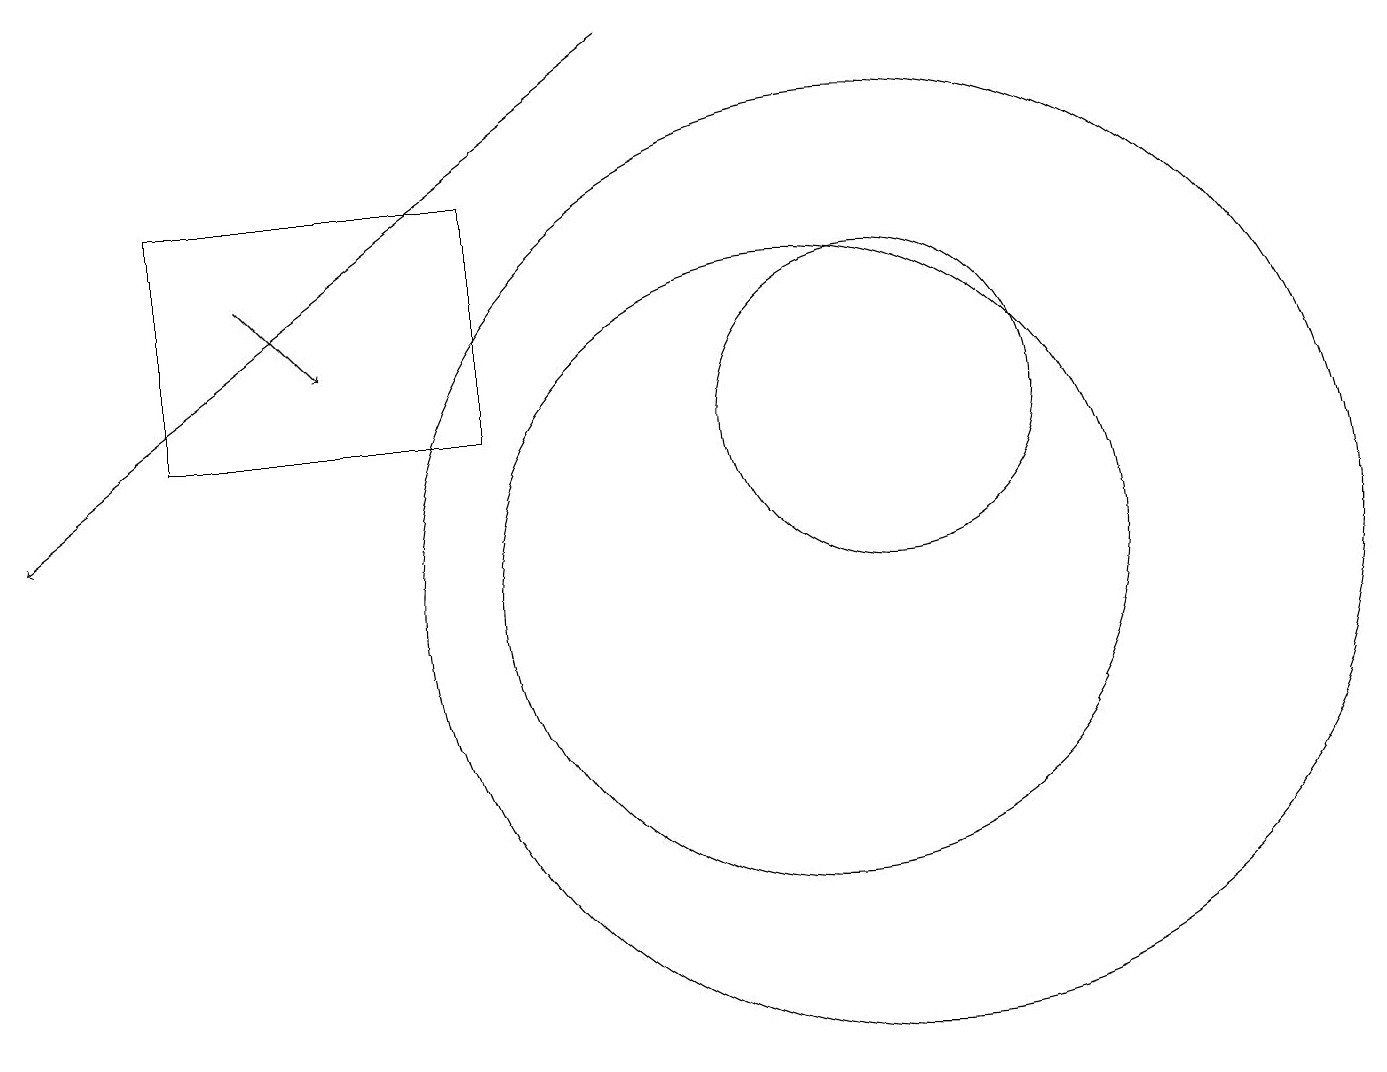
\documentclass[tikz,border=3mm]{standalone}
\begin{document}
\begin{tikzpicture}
\draw (11,10) circle (6);
\draw[->] (8,17) -- (0,11);
\draw (11,12) circle (2);
\draw[->] (3,14) -- (4,13);
\draw (6,15) rectangle (2,12);
\draw (10,10) circle (4);
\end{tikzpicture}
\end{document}